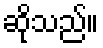
ဆိုသည်။